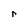
Character: r